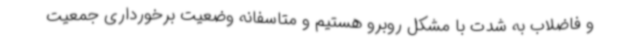
و فاضلاب به شدت با مشکل روبرو هستیم و متاسفانه وضعیت برخورداری جمعیت